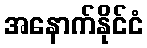
အနောက်နိုင်ငံ